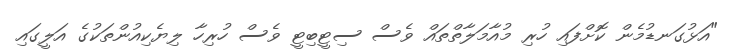
"އަޅުގަނޑުމެން ކޮށްފައި ހުރި މުއާމަލާތްތައް ވެސް ސިޓީބިޓީ ވެސް ހުރިހާ ލިޔެކިއުންތަކުގެ އަލީގައި